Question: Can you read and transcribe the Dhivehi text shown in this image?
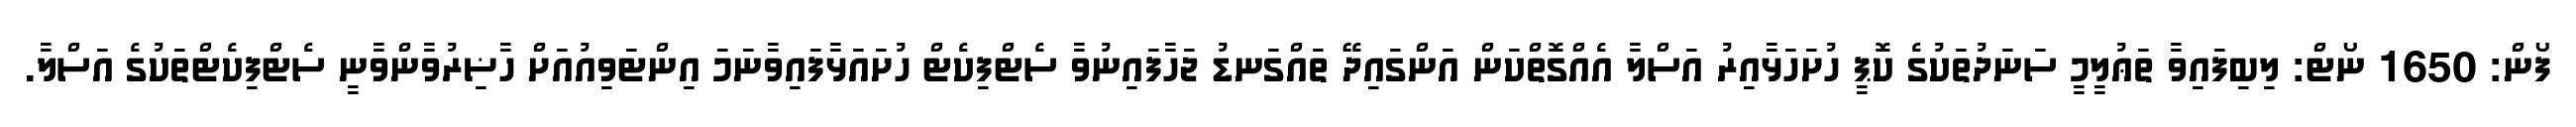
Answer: ފޯން: 1650 ނޯޓް: ލިބިފައިވާ ތަޢުލީމީ ސަނަދުތަކުގެ ކޮޕީ ހުށަހަޅާއިރު އަސްލާ އެއްގޮތްކަން އަންގައިދޭ ތައްގަނޑު ޖަހާފައިނުވާ ސެޓްފިކެޓް ހުށައަޅާފައިވާނަމަ އިންޓަވިއުއަށް ހާޟިރުވާންވާނީ ސެޓްފިކެޓްތަކުގެ އަސްލާ.